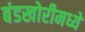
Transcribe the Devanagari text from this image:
बंडखोरीमध्ये